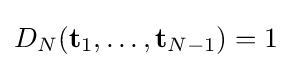
D_{N}({\mathbf {t} }_{1},\dots ,{\mathbf {t} }_{N-1})=1